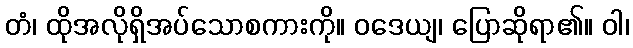
တံ၊ ထိုအလိုရှိအပ်သောစကားကို။ ဝဒေယျ၊ ပြောဆိုရာ၏။ ဝါ၊